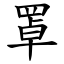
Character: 罩